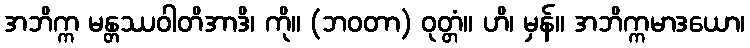
အဘိက္က မန္တဿဝါတိအာဒိ၊ ကို။ (ဘဝတာ) ဝုတ္တံ။ ဟိ၊ မှန်။ အဘိက္ကမာဒယော၊